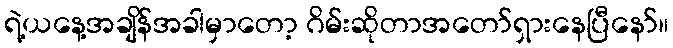
ရဲ့ယနေ့အချိန်အခါမှာတော့ ဂိမ်းဆိုတာအတော်ရှားနေပြီနော်။